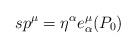
LaTeX: \begin{align*}s p^{\mu} = \eta^{\alpha}e_{\alpha}^{\mu}(P_0)\end{align*}